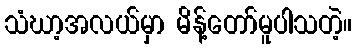
သံဃာ့အလယ်မှာ မိန့်တော်မူပါသတဲ့။